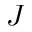
J